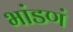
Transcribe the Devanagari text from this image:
भांडणं